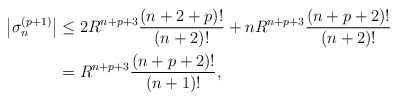
\begin{align*}\left| \sigma_n^{(p+1)}\right| & \le 2R^{n+p+3} \frac{(n+2+p)!}{(n+2)!} + nR^{n+p+3} \frac{(n+p+2)!}{(n+2)!}\\& = R^{n+p+3}\frac{(n+p+2)!}{(n+1)!} ,\end{align*}